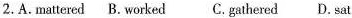
2.A.mattered B. worked C. gathered D. sat